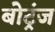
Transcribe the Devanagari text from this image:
बोट्रंज